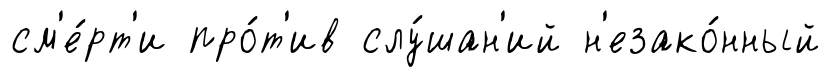
см'е́рт'и про́т'ив слу́шан'ий н'езако́нный